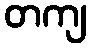
တကျ